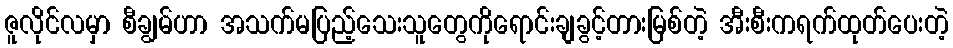
ဇူလိုင်လမှာ စီချွမ်ဟာ အသက်မပြည့်သေးသူတွေကိုရောင်းချခွင့်တားမြစ်တဲ့ အီးစီးကရက်ထုတ်ပေးတဲ့